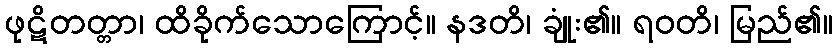
ဖုဋိတတ္တာ၊ ထိခိုက်သောကြောင့်။ နဒတိ၊ ချုံး၏။ ရဝတိ၊ မြည်၏။